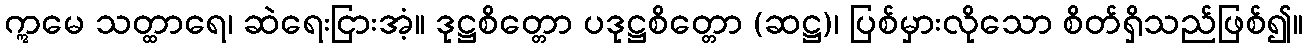
ဣမေ သတ္ထာရေ၊ ဆဲရေးငြားအံ့။ ဒုဋ္ဌစိတ္တော ပဒုဋ္ဌစိတ္တော (ဆဋ္ဌ)၊ ပြစ်မှားလိုသော စိတ်ရှိသည်ဖြစ်၍။